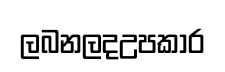
ලබනලදඋපකාර